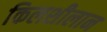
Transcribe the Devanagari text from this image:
किलशीलान